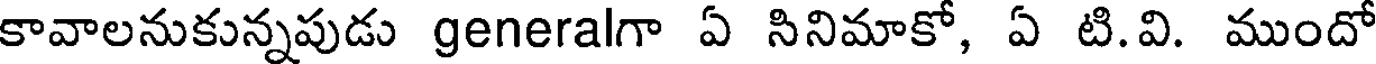
కావాలనుకున్నపుడు generalగా ఏ సినిమాకో, ఏ టి.వి. ముందో